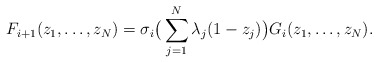
\begin{align*}F_{i+1}(z_1,\dots,z_N) = \sigma_i\big(\sum_{j=1}^N \lambda_j(1-z_j)\big) G_i(z_1,\dots,z_N).\end{align*}